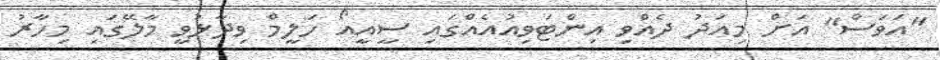
"އަވަސް" އަށް މިއަދު ދެއްވި އިންޓަވިއުއެއްގައި ސީއީއޯ ހަލީމް ވިދާޅުވީ މާލޭގައި މިހާރު